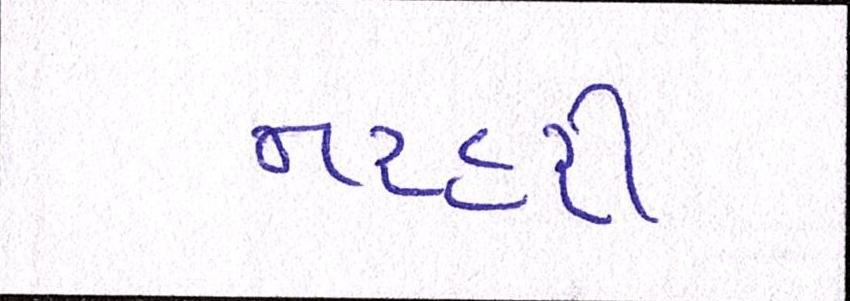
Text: નરહરી